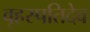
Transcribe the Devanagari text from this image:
वृहस्पतिदेव